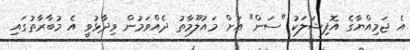
އެ ޖަމިއްޔާގެ އޮފިޝަލަކު "ސަން" އަށް މައުލޫމާތު ދެއްވަމުން ވިދާޅުވީ އެ މުބާރާތުގައި